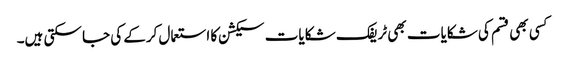
کسی بھی قسم کی شکایات بھی ٹریفک شکایات سیکشن کا استعمال کرکے کی جا سکتی ہیں۔